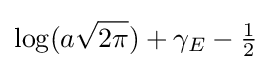
\log(a{\sqrt {2\pi }})+\gamma _{E}-{\tfrac {1}{2}}